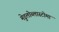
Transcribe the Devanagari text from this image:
मेडुलोब्लास्टोमा